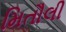
મિતૌલી